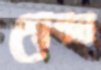
গোবর